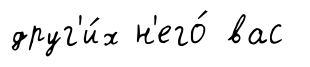
друг'и́х н'его́ вас